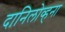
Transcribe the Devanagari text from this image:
दानिलोव्हना